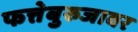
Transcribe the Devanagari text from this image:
फत्तेबुरुजावर